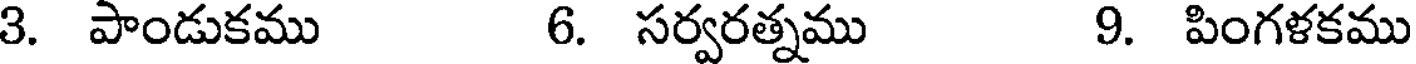
3. పాండుకము 6. సర్వరత్నము 9. పింగళకము